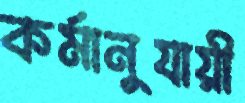
কর্মানুযায়ী